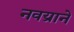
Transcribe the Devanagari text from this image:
नवय्राने